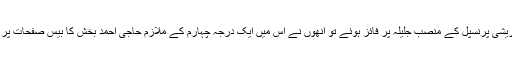
جب پروفیسر سمیع اللہ قریشی پرنسپل کے منصب جلیلہ پر فائز ہوئے تو انھوں نے اس میں ایک درجہ چہارم کے ملازم حاجی احمد بخش کا بیس صفحات پر مشتمل انٹرویو شامل کیا۔